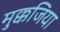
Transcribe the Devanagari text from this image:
मुक्कजिया